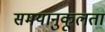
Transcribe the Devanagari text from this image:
समयानुकूलता